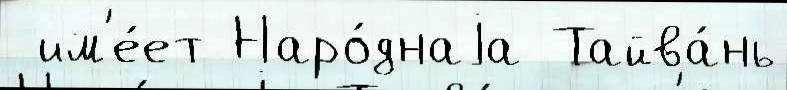
 им'е́ет Наро́днаjа Тайва́нь